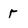
Character: r